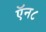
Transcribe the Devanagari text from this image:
ऍन८